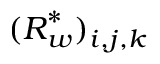
( \boldsymbol { R } _ { \boldsymbol { w } } ^ { * } ) _ { i , j , k }